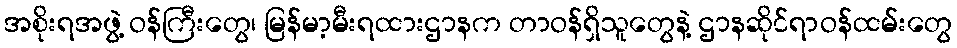
အစိုးရအဖွဲ့ ဝန်ကြီးတွေ၊ မြန်မာ့မီးရထားဌာနက တာဝန်ရှိသူတွေနဲ့ ဌာနဆိုင်ရာဝန်ထမ်းတွေ